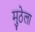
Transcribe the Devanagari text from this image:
मुठेला